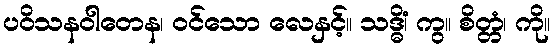
ပဝိသနဝါတေန၊ ဝင်သော လေနှင့်။ သဒ္ဓိံ၊ ကွ။ စိတ္တံ၊ ကို။